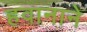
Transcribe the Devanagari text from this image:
हवानाने